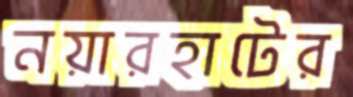
নয়ারহাটের